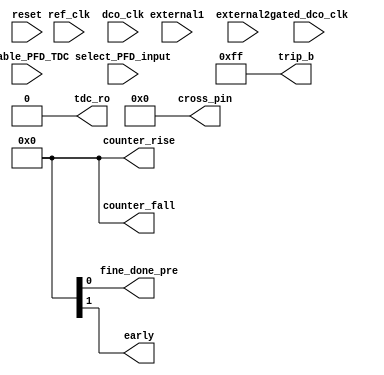
module choice2_PFD_TDC (
			input 	     enable_PFD_TDC ,
			input 	     select_PFD_input,
			input 	     ref_clk, 
			input 	     external1 ,
			input 	     gated_dco_clk,
			input 	     external2,
			input 	     reset,
			input 	     dco_clk,
			output 	     fine_done_pre,
			output 	     early,
			output [4:0] counter_rise,
			output [4:0] counter_fall,
			output [7:0] trip_b,
			output [7:0] cross_pin,
			output 	     tdc_ro

			);


   assign counter_rise = 0;
   assign counter_fall = 0;
   assign cross_pin  = 0;
   assign trip_b = 8'b11111111;
   assign tdc_ro = 0;
endmodule // tdc2_behaviour